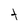
Character: t